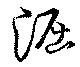
淈